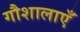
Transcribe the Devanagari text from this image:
गौशालाएँ